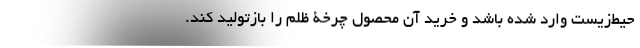
حیط‌زیست وارد شده باشد و خرید آن محصول چرخۀ ظلم را بازتولید کند.